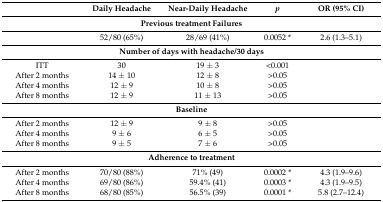
<table><thead><tr><td></td><td><b>Daily Headache</b></td><td><b>Near-Daily Headache</b></td><td><b><i>p</i></b></td><td><b>OR (95% CI)</b></td></tr></thead><tbody><tr><td colspan="5"><b>Previous treatment Failures</b></td></tr><tr><td></td><td>52/80 (65%)</td><td>28/69 (41%)</td><td>0.0052 *</td><td>2.6 (1.3–5.1)</td></tr><tr><td colspan="5"><b>Number of days with headache/30 days</b></td></tr><tr><td>ITT</td><td>30</td><td>19 ± 3</td><td>&lt;0.001</td><td></td></tr><tr><td>After 2 months</td><td>14 ± 10</td><td>12 ± 8</td><td>&gt;0.05</td><td></td></tr><tr><td>After 4 months</td><td>12 ± 9</td><td>10 ± 8</td><td>&gt;0.05</td><td></td></tr><tr><td>After 8 months</td><td>12 ± 9</td><td>11 ± 13</td><td>&gt;0.05</td><td></td></tr><tr><td colspan="5"><b>Baseline</b></td></tr><tr><td>After 2 months</td><td>12 ± 9</td><td>9 ± 8</td><td>&gt;0.05</td><td></td></tr><tr><td>After 4 months</td><td>9 ± 6</td><td>6 ± 5</td><td>&gt;0.05</td><td></td></tr><tr><td>After 8 months</td><td>9 ± 5</td><td>7 ± 6</td><td>&gt;0.05</td><td></td></tr><tr><td colspan="5"><b>Adherence to treatment</b></td></tr><tr><td>After 2 months</td><td>70/80 (88%)</td><td>71% (49)</td><td>0.0002 *</td><td>4.3 (1.9–9.6)</td></tr><tr><td>After 4 months</td><td>69/80 (86%)</td><td>59.4% (41)</td><td>0.0003 *</td><td>4.3 (1.9–9.5)</td></tr><tr><td>After 8 months</td><td>68/80 (85%)</td><td>56.5% (39)</td><td>0.0001 *</td><td>5.8 (2.7–12.4)</td></tr></tbody></table>